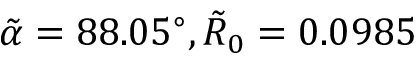
\tilde { \alpha } = 8 8 . 0 5 ^ { \circ } , \tilde { R } _ { 0 } = 0 . 0 9 8 5